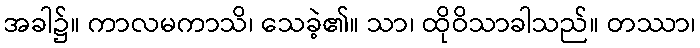
အခါ၌။ ကာလမကာသိ၊ သေခဲ့၏။ သာ၊ ထိုဝိသာခါသည်။ တဿာ၊